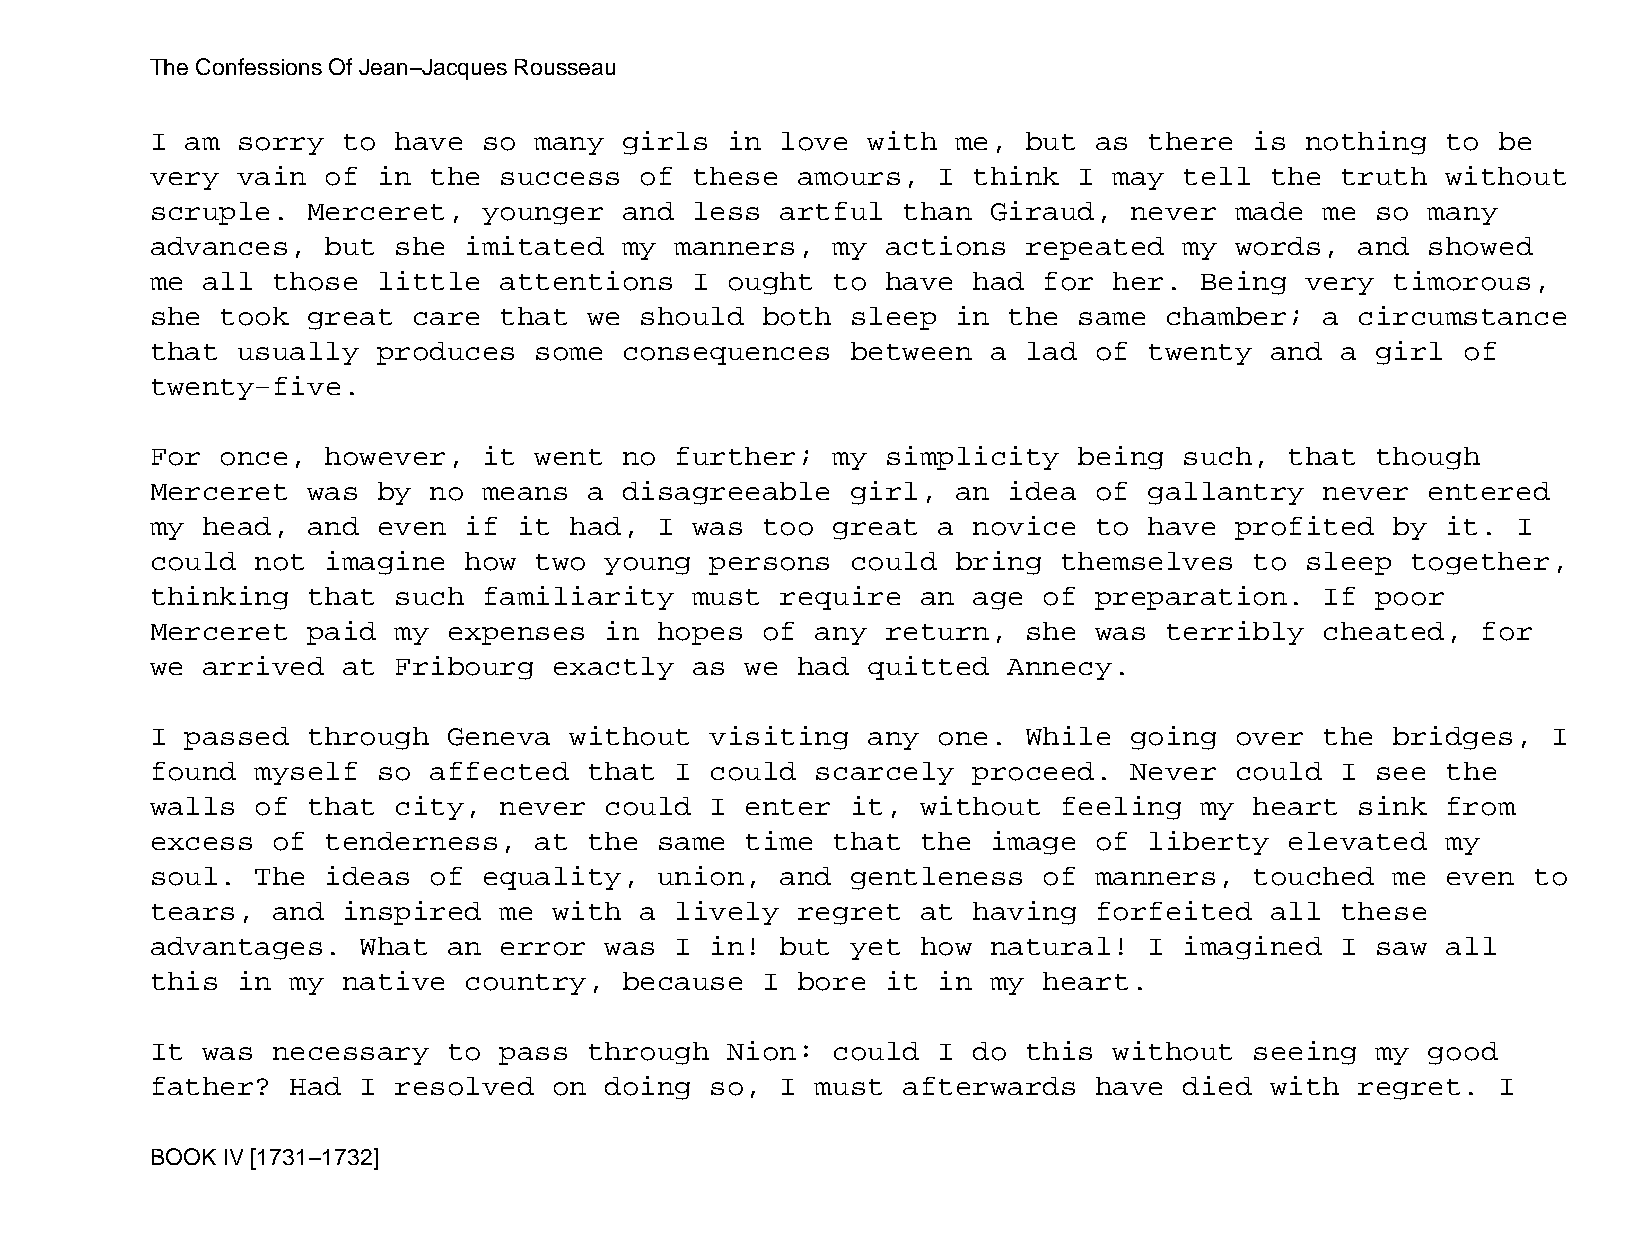
The Confessions Of Jean−Jacques Rousseau
 I am  sorry  to have  so many  girls  in  love with  me,  but as  there  is nothing   to be
 very  vain  of in the  success  of  these  amours,  I think  I  may tell  the  truth  without
 scruple.  Merceret,   younger  and  less  artful  than  Giraud,  never  made  me so  many
 advances,   but she  imitated  my  manners,  my  actions  repeated  my  words,  and  showed
 me all  those  little  attentions   I ought  to  have had  for  her. Being  very  timorous,
 she  took great  care  that  we should  both  sleep  in  the same  chamber;   a circumstance
 that  usually  produces  some  consequences   between   a lad of  twenty  and  a girl  of
 twenty−five.
 For  once,  however,  it went  no  further;  my  simplicity  being  such,  that  though
 Merceret  was  by no  means  a disagreeable   girl,  an  idea of  gallantry   never  entered
 my head,  and  even  if it  had,  I was too  great  a novice  to  have  profited  by  it. I
 could  not  imagine  how two  young  persons  could  bring  themselves   to sleep  together,
 thinking  that  such  familiarity   must  require  an age  of preparation.    If poor
 Merceret  paid  my  expenses  in  hopes of  any  return,  she was  terribly   cheated,  for
 we arrived   at Fribourg   exactly  as we  had quitted   Annecy.
 I passed  through   Geneva  without  visiting  any  one.  While  going  over  the bridges,   I
 found  myself  so affected   that  I could  scarcely  proceed.   Never  could  I see  the
 walls  of that  city,  never  could  I enter  it,  without  feeling  my  heart  sink  from
 excess  of  tenderness,  at  the  same time  that  the  image of  liberty  elevated   my
 soul.  The  ideas of  equality,   union,  and gentleness   of manners,   touched  me  even to
 tears,  and  inspired  me  with a  lively  regret  at having  forfeited   all  these
 advantages.   What  an error  was  I in!  but yet  how  natural!  I imagined   I saw  all
 this  in my  native  country,  because  I  bore  it in  my heart.
 It was  necessary   to pass  through  Nion:  could  I do  this  without  seeing  my  good
 father?  Had  I resolved   on doing  so,  I must  afterwards  have  died  with  regret.  I
 BOOK IV [1731−1732]